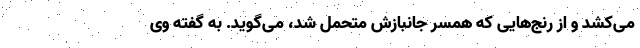
می‌کشد و از رنج‌هایی که همسر جانبازش متحمل شد، می‌گوید. به گفته وی